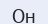
Он